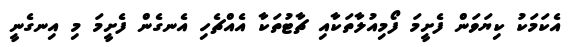
އެކަމަކު ކިޔަވަން ފެށީމަ ފޯމިއުލާތަކާއި ޗާޓުތަކާ އެއްޗެހި އެނގެން ފެށީމަ މި އިނގެނީ